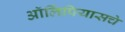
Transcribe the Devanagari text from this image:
ऑलिंपियासचे